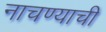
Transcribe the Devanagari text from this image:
नाचण्याची